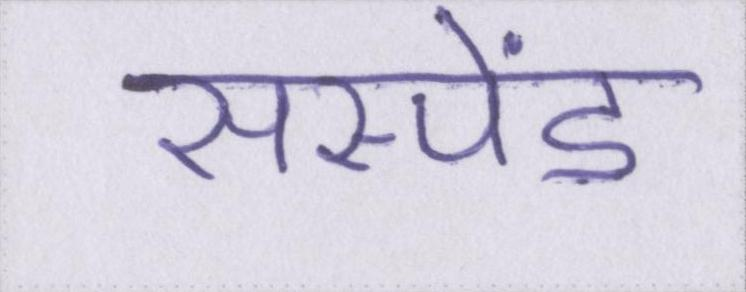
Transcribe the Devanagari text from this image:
सस्पेंड